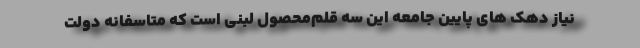
نیاز دهک های پایین جامعه این سه قلم‌محصول لبنی است که متاسفانه دولت